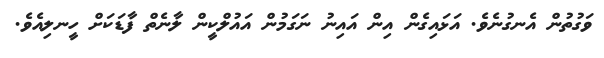
ވަގުތުން އެނގުނެވެ. އަޅައިގެން އިން އައިނު ނަގަމުން އައުލްކީން ލާނެތް ފާޑަކަށް ހީނލިއެވެ.